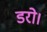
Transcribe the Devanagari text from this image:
डरो।